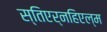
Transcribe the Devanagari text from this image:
स्तिएर्नहिएल्म